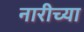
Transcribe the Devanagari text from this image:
नारीच्या